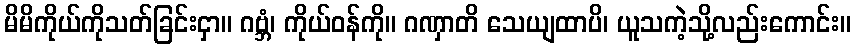
မိမိကိုယ်ကိုသတ်ခြင်းငှာ။ ဂဗ္ဘံ၊ ကိုယ်ဝန်ကို။ ဂဏှာတိ သေယျထာပိ၊ ယူသကဲ့သို့လည်းကောင်း။